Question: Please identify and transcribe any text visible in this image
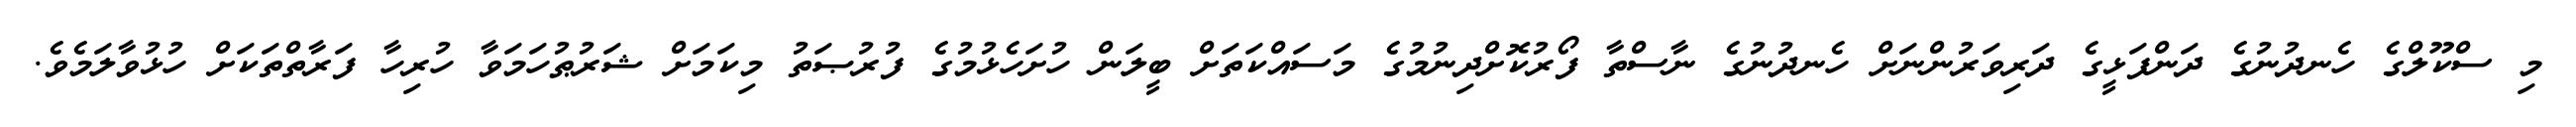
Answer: މި ސްކޫލްގެ ހެނދުނުގެ ދަންފަޅީގެ ދަރިވަރުންނަށް ހެނދުނުގެ ނާސްތާ ފޯރުކޮށްދިނުމުގެ މަސައްކަތަށް ބީލަން ހުށަހެޅުމުގެ ފުރުޞަތު މިކަމަށް ޝަރުޠުހަމަވާ ހުރިހާ ފަރާތްތަކަށް ހުޅުވާލަމެވެ.